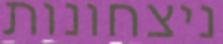
ניצחונות